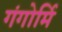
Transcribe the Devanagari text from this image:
गंगोर्मि